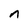
Character: n